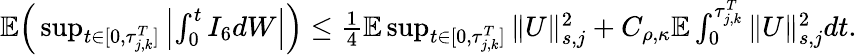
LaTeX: \begin{array}{r}{\mathbb E\Big(\operatorname*{sup}_{t\in[0,\tau_{j,k}^{T}]}\left|\int_{0}^{t}I_{6}dW\right|\Big)\leq\frac 14\mathbb E\operatorname*{sup}_{t\in[0,\tau_{j,k}^{T}]}\| U\| _{s,j}^{2}+C_{\rho,\kappa}\mathbb E\int_{0}^{\tau_{j,k}^{T}}\| U\| _{s,j}^{2}dt.}\end{array}